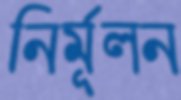
নির্মূলন